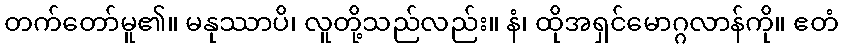
တက်တော်မူ၏။ မနုဿာပိ၊ လူတို့သည်လည်း။ နံ၊ ထိုအရှင်မောဂ္ဂလာန်ကို။ ဧတံ